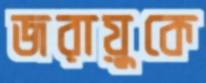
জরায়ুকে